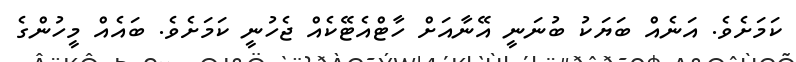
ކަމަށެވެ. އަނެއް ބަޔަކު ބުނަނީ އޭނާއަށް ހާޓްއެޓޭކެއް ޖެހުނީ ކަމަށެވެ. ބައެއް މީހުންގެ